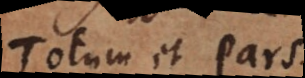
Totum et Pars.